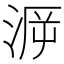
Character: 𣶮